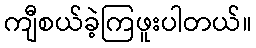
ကျီစယ်ခဲ့ကြဖူးပါတယ်။